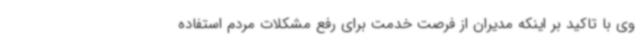
وی با تاکید بر اینکه مدیران از فرصت خدمت برای رفع مشکلات مردم استفاده